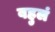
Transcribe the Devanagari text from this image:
बहुलं